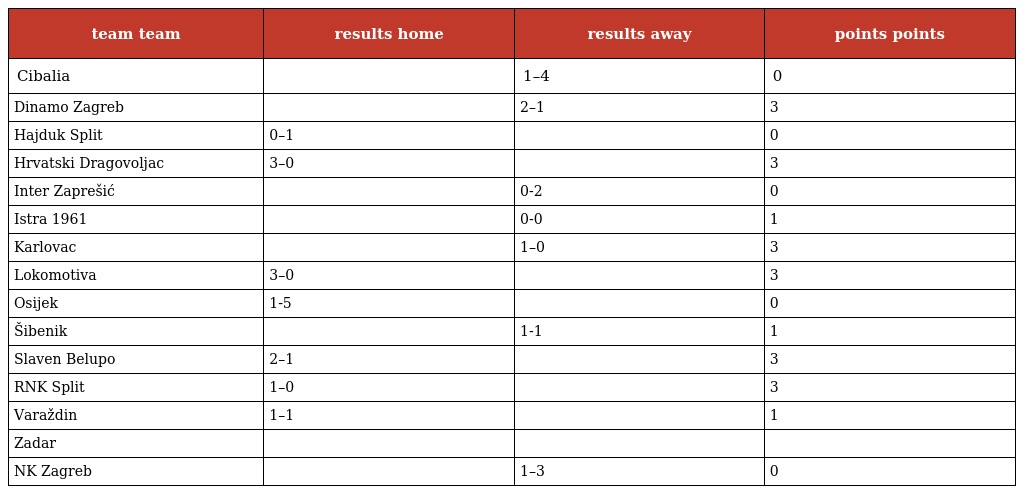
| team team | results home | results away | points points |
 | --- | --- | --- | --- |
 | Cibalia |  | 1–4 | 0 |
 | Dinamo Zagreb |  | 2–1 | 3 |
 | Hajduk Split | 0–1 |  | 0 |
 | Hrvatski Dragovoljac | 3–0 |  | 3 |
 | Inter Zaprešić |  | 0-2 | 0 |
 | Istra 1961 |  | 0-0 | 1 |
 | Karlovac |  | 1–0 | 3 |
 | Lokomotiva | 3–0 |  | 3 |
 | Osijek | 1-5 |  | 0 |
 | Šibenik |  | 1-1 | 1 |
 | Slaven Belupo | 2–1 |  | 3 |
 | RNK Split | 1–0 |  | 3 |
 | Varaždin | 1–1 |  | 1 |
 | Zadar |  |  |  |
 | NK Zagreb |  | 1–3 | 0 |